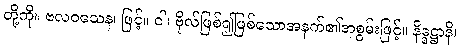
တို့ကို။ ဗလဝသေန၊ ဖြင့်။ ဝါ၊ ဗိုလ်ဖြစ်၍ဖြစ်သောအနက်၏အစွမ်းဖြင့်။ နိဒ္ဒဋ္ဌာနိ၊